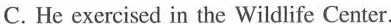
C. He exercised in the Wildlife Center.